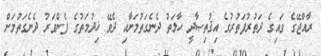
ރާއްޖޭގެ ވައިގެ ދަތުރުފަތުރުގެ އިޤުތިޞާދީ ހާލަތު ދެނެގަތުމަށާއި ދެވޭ ޚިދުމަތުގެ ފެންވަރު ދެނެގަތުމަށް